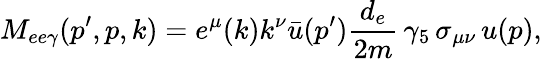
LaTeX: M_{ee\gamma}(p^{\prime},p,k)=e^{\mu}(k)k^{\nu}{\bar{u}}(p^{\prime})\frac{d_{e}}{2m}\, \gamma_{5}\, \sigma_{\mu\nu}\, u(p),